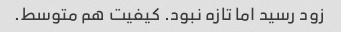
زود رسید اما تازه نبود. کیفیت هم متوسط.